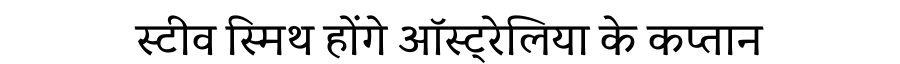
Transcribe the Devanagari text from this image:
स्टीव स्मिथ होंगे ऑस्ट्रेलिया के कप्तान